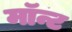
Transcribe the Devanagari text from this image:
मॉन्ट